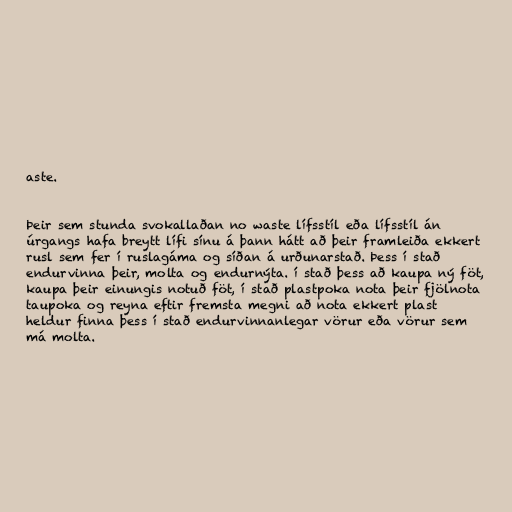
aste.

Þeir sem stunda svokallaðan no waste lífsstíl eða lífsstíl án
úrgangs hafa breytt lífi sínu á þann hátt að þeir framleiða ekkert
rusl sem fer í ruslagáma og síðan á urðunarstað. Þess í stað
endurvinna þeir, molta og endurnýta. í stað þess að kaupa ný föt,
kaupa þeir einungis notuð föt, í stað plastpoka nota þeir fjölnota
taupoka og reyna eftir fremsta megni að nota ekkert plast
heldur finna þess í stað endurvinnanlegar vörur eða vörur sem
má molta.